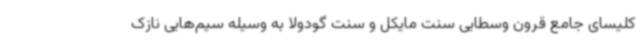
کلیسای جامع قرون وسطایی سنت مایکل و سنت گودولا به وسیله سیم‌هایی نازک